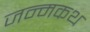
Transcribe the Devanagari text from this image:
जन्मकथ